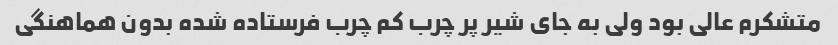
متشکرم عالی بود ولی به جای شیر پر چرب کم چرب فرستاده شده بدون هماهنگی